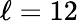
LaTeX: \ell=12